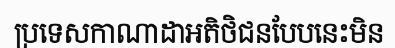
ប្រទេសកាណាដាអតិថិជនបែបនេះមិន